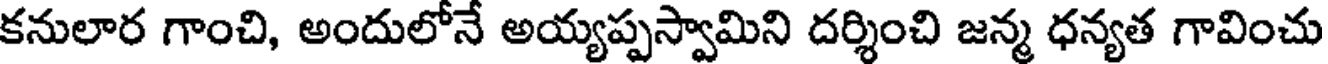
కనులార గాంచి, అందులోనే అయ్యప్పస్వామిని దర్శించి జన్మ ధన్యత గావించు